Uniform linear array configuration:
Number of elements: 32
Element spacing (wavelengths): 0.25
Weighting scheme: binomial
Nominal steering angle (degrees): -30
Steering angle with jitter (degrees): -30.158
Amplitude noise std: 0.05
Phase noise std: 0.05

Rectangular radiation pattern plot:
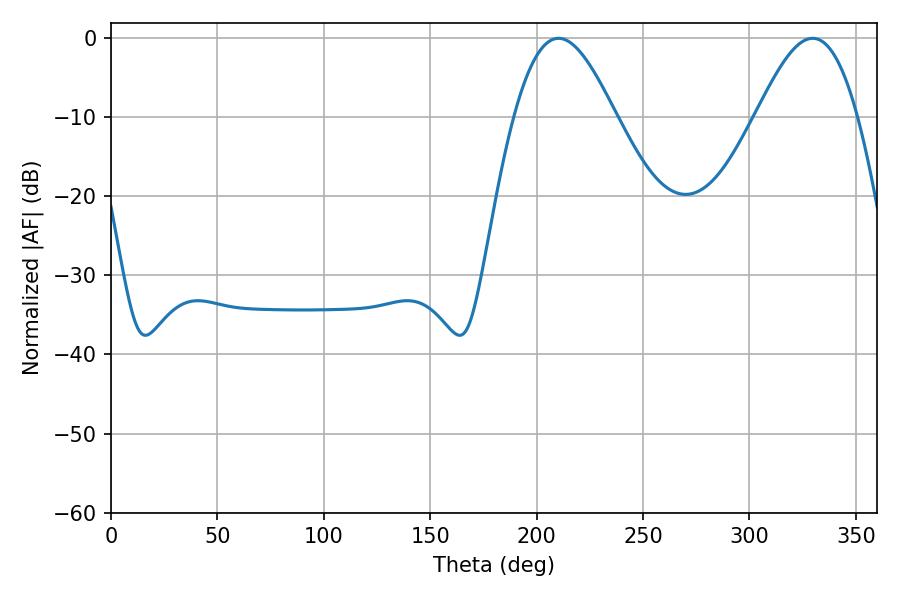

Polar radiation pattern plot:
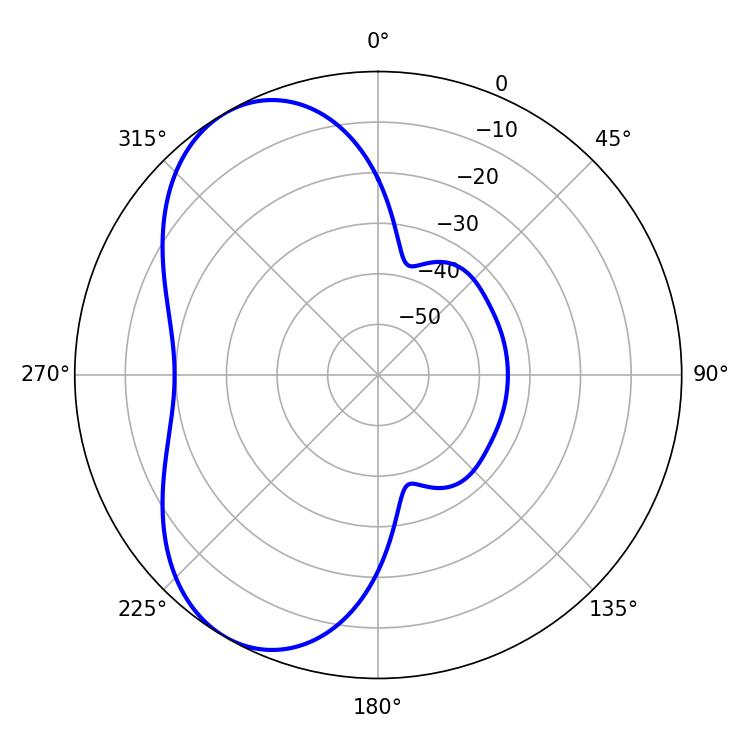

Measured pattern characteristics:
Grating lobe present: FALSE
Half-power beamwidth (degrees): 25.56
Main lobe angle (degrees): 210.24